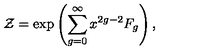
\mathcal { Z } = \exp \left( \sum _ { g = 0 } ^ { \infty } x ^ { 2 g - 2 } F _ { g } \right) ,